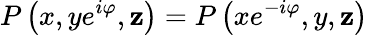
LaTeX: P\left(x,ye^{i\varphi},\mathbf{z}\right)=P\left(xe^{-i\varphi},y,\mathbf{z}\right)